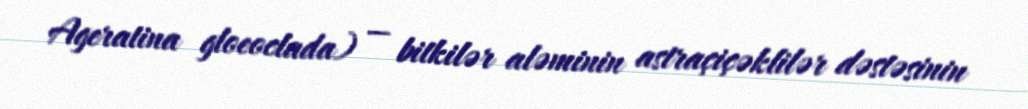
Ageratina gloeoclada) — bitkilər aləminin astraçiçəklilər dəstəsinin